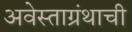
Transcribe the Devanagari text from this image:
अवेस्ताग्रंथाची